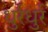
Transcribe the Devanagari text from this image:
धुर्रधुर्र